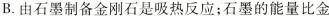
B.由石墨制备金刚石是吸热反应；石墨的能量比金